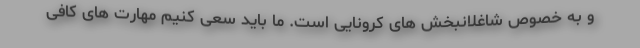
و به خصوص شاغلانبخش های کرونایی است. ما باید سعی کنیم مهارت های کافی